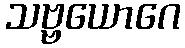
သဗ္ဗယောဂေ